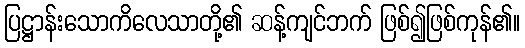
ပြဋ္ဌာန်းသောကိလေသာတို့၏ ဆန့်ကျင်ဘက် ဖြစ်၍ဖြစ်ကုန်၏။